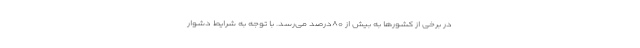
در برخی از کشورها به بیش از ۸۰درصد می‌رسد. با توجه به شرایط دشوار